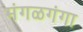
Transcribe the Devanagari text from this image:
मंगळगंगा